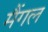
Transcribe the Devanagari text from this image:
मैंगल